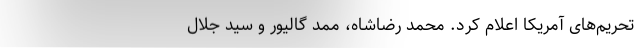
تحریم‌های آمریکا اعلام کرد. محمد رضا‌شاه، ممّد گالیور و سید جلال